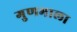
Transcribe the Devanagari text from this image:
गुणमाला